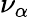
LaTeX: \nu_{\alpha}